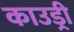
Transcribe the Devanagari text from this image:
काउड्री